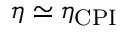
\eta \simeq \eta _ { \mathrm { C P I } }